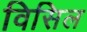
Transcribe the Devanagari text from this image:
विसिल